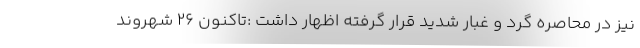
نیز در محاصره گرد و غبار شدید قرار گرفته اظهار داشت :تاکنون ۲۶ شهروند